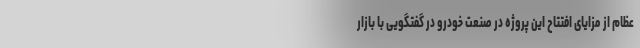
عظام از مزایای افتتاح این پروژه در صنعت خودرو در گفتگویی با بازار